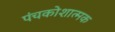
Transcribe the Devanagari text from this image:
पंचकोशात्मक